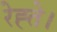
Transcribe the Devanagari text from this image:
रेह्ते।